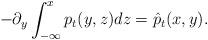
LaTeX: \begin{align*}-\partial_y\int_{-\infty}^{x}p_t(y,z)dz=\hat{p}_t(x,y).\end{align*}